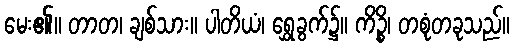
မေး၏။ တာတ၊ ချစ်သား။ ပါတိယံ၊ ရွှေခွက်၌။ ကိဉ္စိ၊ တစုံတခုသည်။